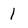
Character: 1